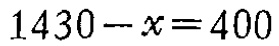
$1430 - x = 400$